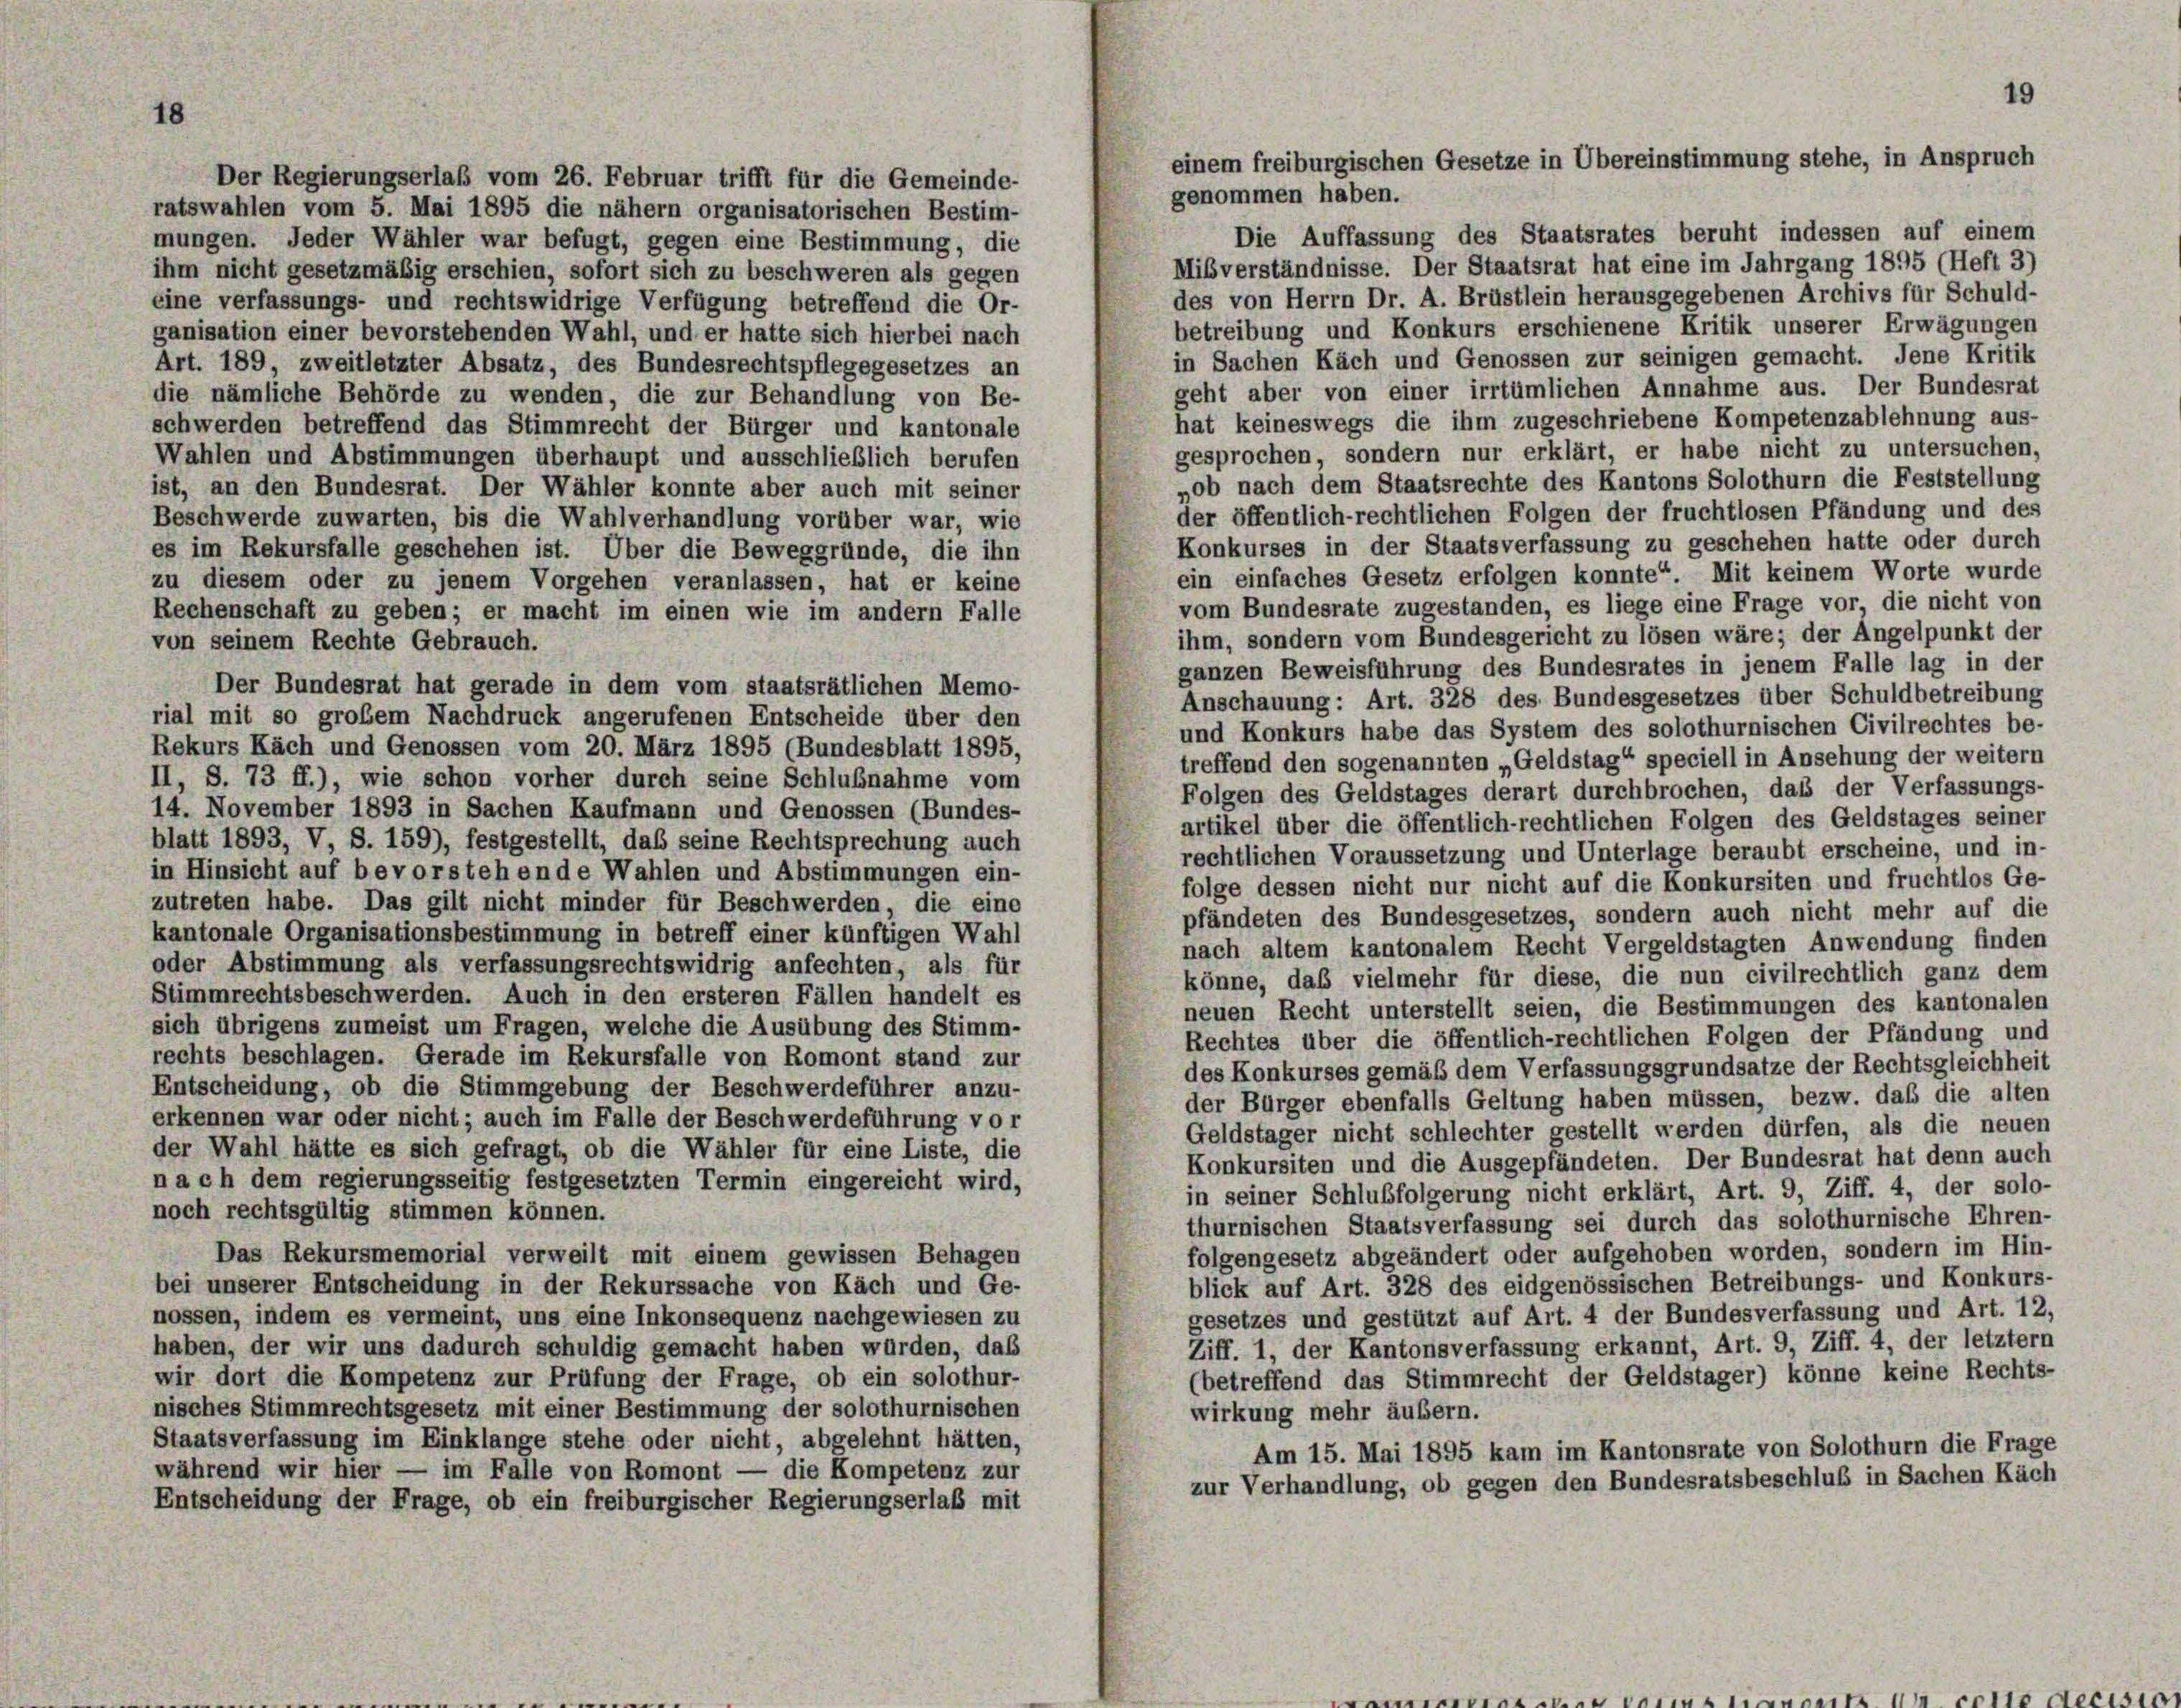
18

Der Regierungserlaß vom 26. Februar trifft für die Gemeinde-
ratswahlen vom 5. Mai 1895 die nähern organisatorischen Bestim-
Die Auffassung des Staatsrates beruht indessen auf einem
mungen. Jeder Wähler war befugt, gegen eine Bestimmung, die
Misverständnisse. Der Staatsrat hat eine im Jahrgang 1895 (Heft 3)
ihm nicht gesetzmäßig erschien, sofort sich zu beschweren als gegen
des von Herrn Dr. A. Brüstlein herausgegebenen Archivs für Schuld-
eine verfassungs- und rechtswidrige Verfügung betreffend die Or-
betreibung und Konkurs erschienene Kritik unserer Erwägungen
ganisation einer bevorstehenden Wahl, und er hatte sich hierbei nach
in Sachen Käch und Genossen zur seinigen gemacht. Jene Kritik
Art. 189, zweitletzter Absatz, des Bundesrechtspflegegesetzes an
geht aber von einer irrtümlichen Annahme aus. Der Bundesrat
die nämliche Behörde zu wenden, die zur Behandlung von Be-
hat keineswegs die ihm zugeschriebene Kompetenzablehnung aus-
schwerden betreffend das Stimmrecht der Bürger und kantonale
gesprochen, sondern nur erklärt, er habe nicht zu untersuchen,
Wahlen und Abstimmungen überhaupt und ausschließlich berufen
„ob nach dem Staatsrechte des Kantons Solothurn die Feststellung
ist, an den Bundesrat. Der Wähler konnte aber auch mit seiner
der öffentlich-rechtlichen Folgen der fruchtlosen Pfändung und des
Beschwerde zuwarten, bis die Wahlverhandlung vorüber war, wie
Konkurses in der Staatsverfassung zu geschehen hatte oder durch
es im Rekursfalle geschehen ist. Über die Beweggründe, die ihn
ein einfaches Gesetz erfolgen konnte“. Mit keinem Worte wurde
zu diesem oder zu jenem Vorgehen veranlassen, hat er keine
vom Bundesrate zugestanden, es liege eine Frage vor, die nicht von
Rechenschaft zu geben; er macht im einen wie im andern Falle
ihm, sondern vom Bundesgericht zu lösen wäre; der Angelpunkt der
von seinem Rechte Gebrauch.
ganzen Beweisführung des Bundesrates in jenem Falle lag in der
Der Bundesrat hat gerade in dem vom staatsrätlichen Memo-
Anschauung: Art. 328 des Bundesgesetzes über Schuldbetreibung
rial mit so großem Nachdruck angerufenen Entscheide über den
und Konkurs habe das System des solothurnischen Civilrechtes be-
Rekurs Käch und Genossen vom 20. März 1895 (Bundesblatt 1895,
treffend den sogenannten „Geldstag“ speciell in Ansehung der weitern
II, S. 73 ff.), wie schon vorher durch seine Schlußnahme vom
Folgen des Geldstages derart durchbrochen, daß der Verfassungs-
14. November 1893 in Sachen Kaufmann und Genossen (Bundes-
artikel über die öffentlich-rechtlichen Folgen des Geldstages seiner
blatt 1893, V, S. 159), festgestellt, daß seine Rechtsprechung auch
rechtlichen Voraussetzung und Unterlage beraubt erscheine, und in-
in Hinsicht auf bevorstehende Wahlen und Abstimmungen ein-
folge dessen nicht nur nicht auf die Konkursiten und fruchtlos Ge-
zutreten habe. Das gilt nicht minder für Beschwerden, die eine
pfändeten des Bundesgesetzes, sondern auch nicht mehr auf die
kantonale Organisationsbestimmung in betreff einer künftigen Wahl
nach altem kantonalem Recht Vergeldstagten Anwendung finden
oder Abstimmung als verfassungsrechtswidrig anfechten, als für
könne, daß vielmehr für diese, die nun civilrechtlich ganz dem
Stimmrechtsbeschwerden. Auch in den ersteren Fällen handelt es
neuen Recht unterstellt seien, die Bestimmungen des kantonalen
sich übrigens zumeist um Fragen, welche die Ausübung des Stimm-
Rechtes über die öffentlich-rechtlichen Folgen der Pfändung und
rechts beschlagen. Gerade im Rekursfalle von Romont stand zur
des Konkurses gemäß dem Verfassungsgrundsätze der Rechtsgleichheit
Entscheidung, ob die Stimmgebung der Beschwerdeführer anzu-
der Bürger ebenfalls Geltung haben müssen, bezw. daß die alten
erkennen war oder nicht; auch im Falle der Beschwerdeführung vor
Geldstager nicht schlechter gestellt werden dürfen, als die neuen
der Wahl hätte es sich gefragt, ob die Wähler für eine Liste, die
Konkursiten und die Ausgepfändeten. Der Bundesrat hat denn auch
n a ch dem regierungsseitig festgesetzten Termin eingereicht wird,
in seiner Schlußfolgerung nicht erklärt, Art. 9, Ziff. 4, der solo-
noch rechtsgültig stimmen können.
thurnischen Staatsverfassung sei durch das solothurnische Ehren-
folgengesetz abgeändert oder aufgehoben worden, sondern im Hin-
Das Rekursmemorial verweilt mit einem gewissen Behagen
blick auf Art. 328 des eidgenössischen Betreibungs- und Konkurs-
bei unserer Entscheidung in der Rekurssache von Käch und Ge-
gesetzes und gestützt auf Art. 4 der Bundesverfassung und Art. 12,
nossen, indem es vermeint, uns eine Inkonsequenz nachgewiesen zu
Ziff. 1, der Kantonsverfassung erkannt, Art. 9, Ziff. 4, der letztem
haben, der wir uns dadurch schuldig gemacht haben würden, das
(betreffend das Stimmrecht der Geldstager) könne keine Rechts-
wir dort die Kompetenz zur Prüfung der Frage, ob ein solothur-
nisches Stimmrechtsgesetz mit einer Bestimmung der solothurnischen
wirkung mehr äußern.
Staatsverfassung im Einklange stehe oder nicht, abgelehnt hätten,
Am 15. Mai 1895 kam im Kantonsrate von Solothurn die Frage
während wir hier — im Falle von Romont — die Kompetenz zur
zur Verhandlung, ob gegen den Bundesratsbeschluß in Sachen Käch
Entscheidung der Frage, ob ein freiburgischer Regierungserlaß mit

19
einem freiburgischen Gesetze in Übereinstimmung stehe, in Anspruch
genommen haben.